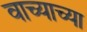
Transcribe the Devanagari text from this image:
वाच्याच्या